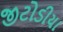
જીટોડીયા